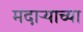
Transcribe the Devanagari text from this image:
मदाऱ्याच्या